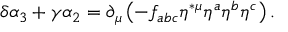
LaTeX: \delta \alpha _ { 3 } + \gamma \alpha _ { 2 } = \partial _ { \mu } \left( - f _ { a b c } \eta ^ { * \mu } \eta ^ { a } \eta ^ { b } \eta ^ { c } \right) .